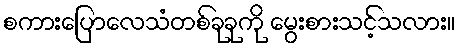
စကားပြောလေသံတစ်ခုခုကို မွေးစားသင့်သလား။